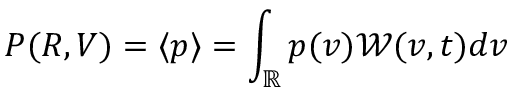
P ( R , V ) = \langle p \rangle = \int _ { \mathbb { R } } p ( v ) \mathcal W ( v , t ) d v